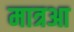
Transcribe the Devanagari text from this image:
मात्रआ